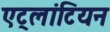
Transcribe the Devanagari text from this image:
एट्लांटियन